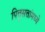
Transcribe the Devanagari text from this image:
पित्तृसत्तांमध्ये